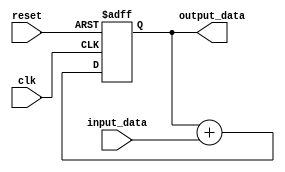
module fixed_point_accumulator(
    input wire [15:0] input_data,
    input wire clk,
    input wire reset,
    output wire [15:0] output_data
);

reg [15:0] accumulator;

always @(posedge clk or posedge reset) begin
    if (reset) begin
        accumulator <= 16'h0;
    end else begin
        accumulator <= accumulator + input_data;
    end
end

assign output_data = accumulator;

endmodule